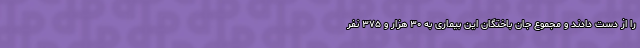
را از دست دادند و مجموع جان باختگان این بیماری به ۳۰ هزار و ۳۷۵ نفر